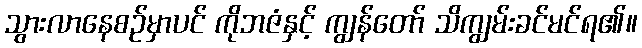
သွားလာနေစဉ်မှာပင် ကိုဘဇံနှင့် ကျွန်တော် သိကျွမ်းခင်မင်ရ၏။